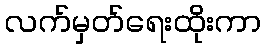
လက်မှတ်ရေးထိုးကာ